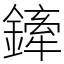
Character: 鏲